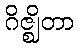
ဂိဇ္ဈိတာ